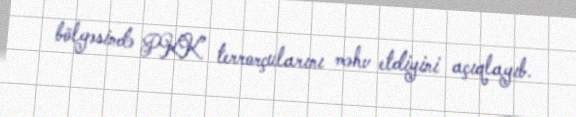
bölgəsində PKK terrorçularını məhv etdiyini açıqlayıb.